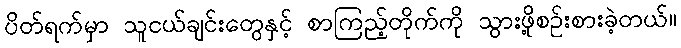
ပိတ်ရက်မှာ သူငယ်ချင်းတွေနှင့် စာကြည့်တိုက်ကို သွားဖို့စဉ်းစားခဲ့တယ်။